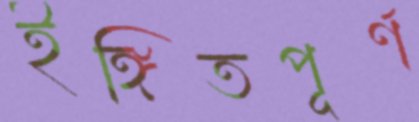
ইঙ্গিতপূর্ণ